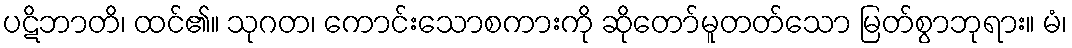
ပဋိဘာတိ၊ ထင်၏။ သုဂတ၊ ကောင်းသောစကားကို ဆိုတော်မူတတ်သော မြတ်စွာဘုရား။ မံ၊